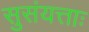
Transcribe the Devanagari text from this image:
सुसंयत्ताः